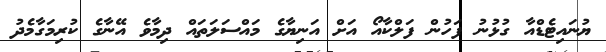
ޔުނައިޓެޑްއާ ގުޅުނު ފަހުން ފަލްކާއޯ އަށް އަނިޔާގެ މައްސަލަތައް ދިމާވެ އޭނާގެ ކުރިމަގާމެދު